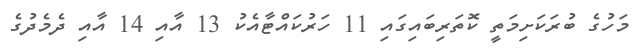
މަހުގެ ބުރަކަށިމަތީ ކޮތަރިބައިގައި 11 ހަރުކައްޓާއެކު 13 އާއި 14 އާއި ދެމެދުގެ